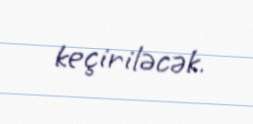
keçiriləcək.